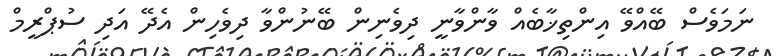
ނަމަވެސް ބޭއްވޭ އިންތިޚާބެއް ވާންވާނީ ދިވެނިން ބޭނުންވާ ދިވެހިން އެދޭ އަދި ސުޕްރީމް